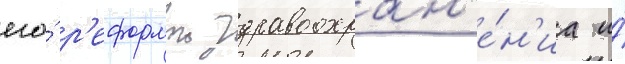
его́ р'еформои здравоохран'е́н'иа и́